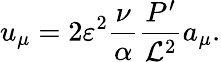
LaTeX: u_{\mu}=2\varepsilon^{2}\frac{\nu}{\alpha}\frac{P^{\prime}}{{\cal L}^{2}}a_{\mu}.